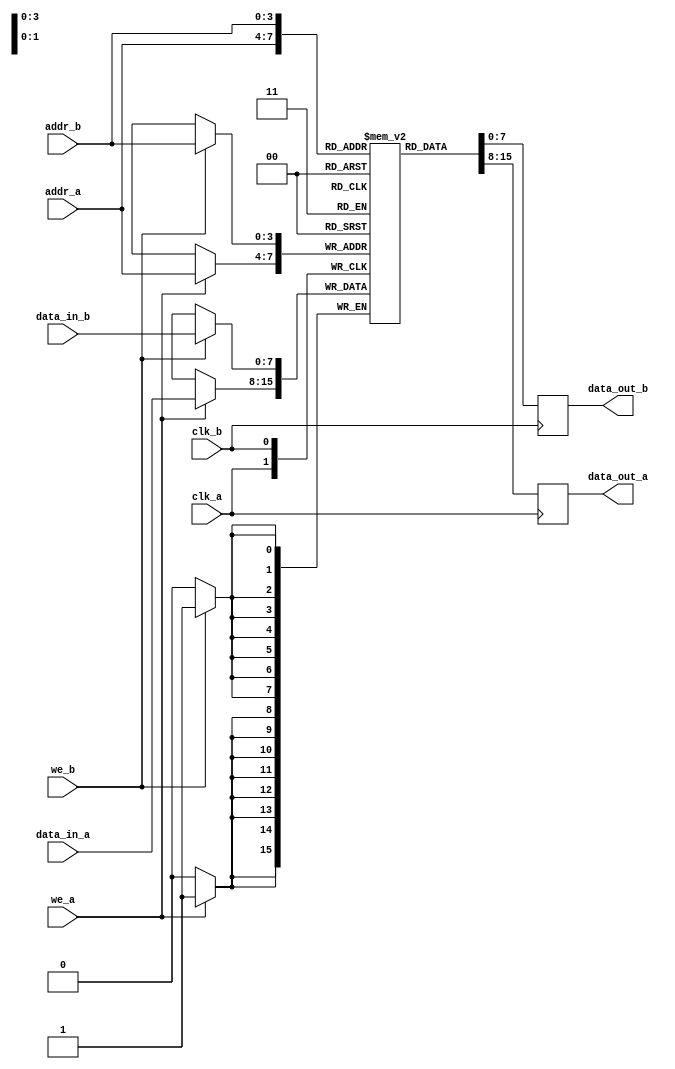
module dual_port_ram #(parameter DATA_WIDTH = 8, 
                        parameter ADDR_WIDTH = 4,
                        parameter MEM_DEPTH = 1 << ADDR_WIDTH) (
    input clk_a,
    input we_a,
    input [ADDR_WIDTH-1:0] addr_a,
    input [DATA_WIDTH-1:0] data_in_a,
    output reg [DATA_WIDTH-1:0] data_out_a,

    input clk_b,
    input we_b,
    input [ADDR_WIDTH-1:0] addr_b,
    input [DATA_WIDTH-1:0] data_in_b,
    output reg [DATA_WIDTH-1:0] data_out_b
);

    reg [DATA_WIDTH-1:0] mem [0:MEM_DEPTH-1]; // Memory array

    // Port A operation
    always @(posedge clk_a) begin
        if (we_a) begin
            mem[addr_a] <= data_in_a;   // Write to memory
        end
        data_out_a <= mem[addr_a];      // Read from memory
    end

    // Port B operation
    always @(posedge clk_b) begin
        if (we_b) begin
            mem[addr_b] <= data_in_b;   // Write to memory
        end
        data_out_b <= mem[addr_b];      // Read from memory
    end

endmodule